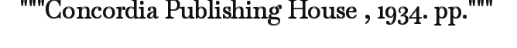
"""Concordia Publishing House , 1934. pp."""